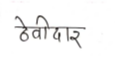
मजकूर: ठेवीदार